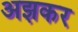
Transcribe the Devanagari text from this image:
अझकर